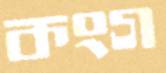
কংগ